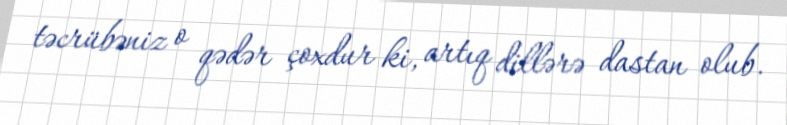
təcrübəniz o qədər çoxdur ki, artıq dillərə dastan olub.